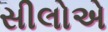
સીલોએ